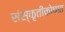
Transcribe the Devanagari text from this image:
संस्कृतीकोषात